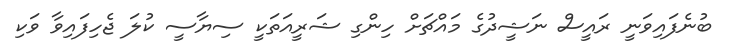
ބުނެފައިވަނީ ރައީސް ނަޝީދުގެ މައްޗަށް ހިންގި ޝަރީއަތަކީ ސިޔާސީ ކުލަ ޖެހިފައިވާ ވަކި